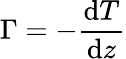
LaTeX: \Gamma=-{\frac{\mathrm{d}T}{\mathrm{d}z}}